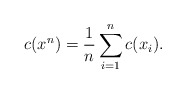
\begin{align*}c(x^n) = \frac{1}{n} \sum_{i=1}^n c(x_i).\end{align*}